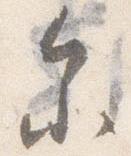
参